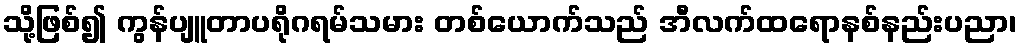
သို့ဖြစ်၍ ကွန်ပျူတာပရိုဂရမ်သမား တစ်ယောက်သည် အီလက်ထရောနစ်နည်းပညာ၊